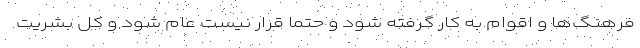
فرهنگ‌ها و اقوام به کار گرفته شود و حتما قرار نیست عام شود و کل بشریت